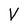
Character: V